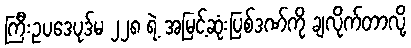
ကြီးဥပဒေပုဒ်မ ၂၂၈ ရဲ့ အမြင့်ဆုံးပြစ်ဒဏ်ကို ချလိုက်တာလို့